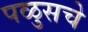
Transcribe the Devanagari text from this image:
पळुसचे